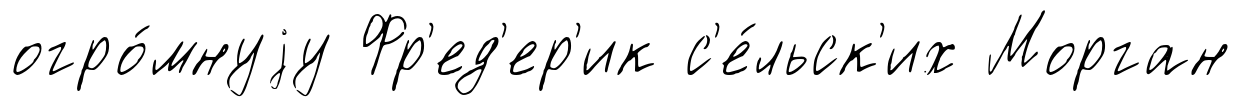
огро́мнуjу Фр'ед'ер'ик с'е́льск'их Морган